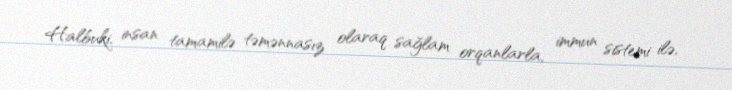
Halbuki, insan tamamilə təmənnasız olaraq sağlam orqanlarla, immun sistemi ilə,